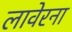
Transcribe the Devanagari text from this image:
लावेरना